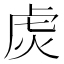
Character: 𬟩